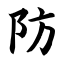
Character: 防